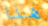
هنا